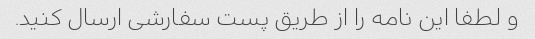
و لطفا این نامه را از طریق پست سفارشی ارسال کنید.